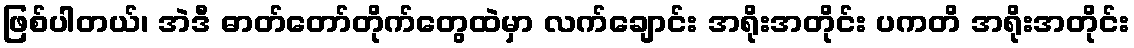
ဖြစ်ပါတယ်၊ အဲဒီ ဓာတ်တော်တိုက်တွေထဲမှာ လက်ချောင်း အရိုးအတိုင်း ပကတိ အရိုးအတိုင်း